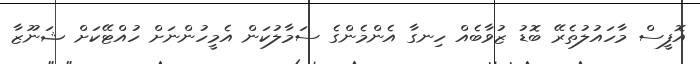
އޮފީސް މާހައުލުތެރޭ ބޮޑު ޒުވާބެއް ހިނގާ އެންމެންގެ ސަމާލުކަން އެމީހުންނަށް ހުއްޓޭކަށް ޝަނޫޒާ